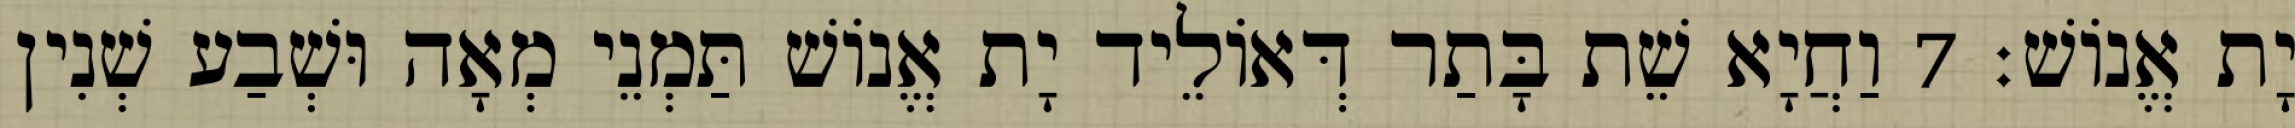
יָת אֱנוֹשׁ׃ 7 וַחֲיָא שֵׁת בָּתַר דְּאוֹלֵיד יָת אֱנוֹשׁ תַּמְנֵי מְאָה וּשְׁבַע שְׁנִין